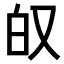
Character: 𫨷